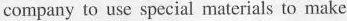
company to use special materials to make